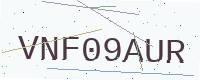
Text: VNF09AUR